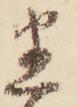
迷